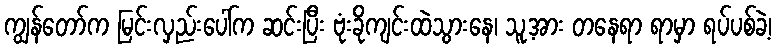
ကျွန်တော်က မြင်းလှည်းပေါ်က ဆင်းပြီး ဗုံးခိုကျင်းထဲသွားနေ၊ သူ့အား တနေရာ ရာမှာ ရပ်ပစ်ခဲ့၊